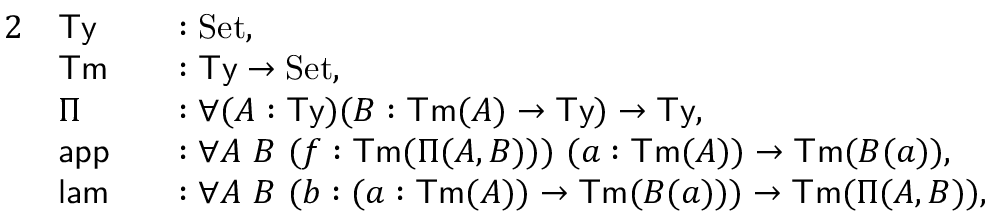
\begin{array} { r l r l } { { 2 } } & { \mathsf { T y } } & & { : \mathrm { S e t } , } \\ & { \mathsf { T m } } & & { : \mathsf { T y } \to \mathrm { S e t } , } \\ & { \Pi } & & { : \forall ( A : \mathsf { T y } ) ( B : \mathsf { T m } ( A ) \to \mathsf { T y } ) \to \mathsf { T y } , } \\ & { \mathsf { a p p } } & & { : \forall A \ B \ ( f : \mathsf { T m } ( \Pi ( A , B ) ) ) \ ( a : \mathsf { T m } ( A ) ) \to \mathsf { T m } ( B ( a ) ) , } \\ & { \mathsf { l a m } } & & { : \forall A \ B \ ( b : ( a : \mathsf { T m } ( A ) ) \to \mathsf { T m } ( B ( a ) ) ) \to \mathsf { T m } ( \Pi ( A , B ) ) , } \end{array}